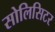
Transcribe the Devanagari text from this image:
सोलिसिटर